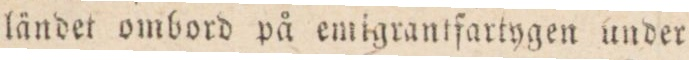
ländet ombord på emigrantfartygen under